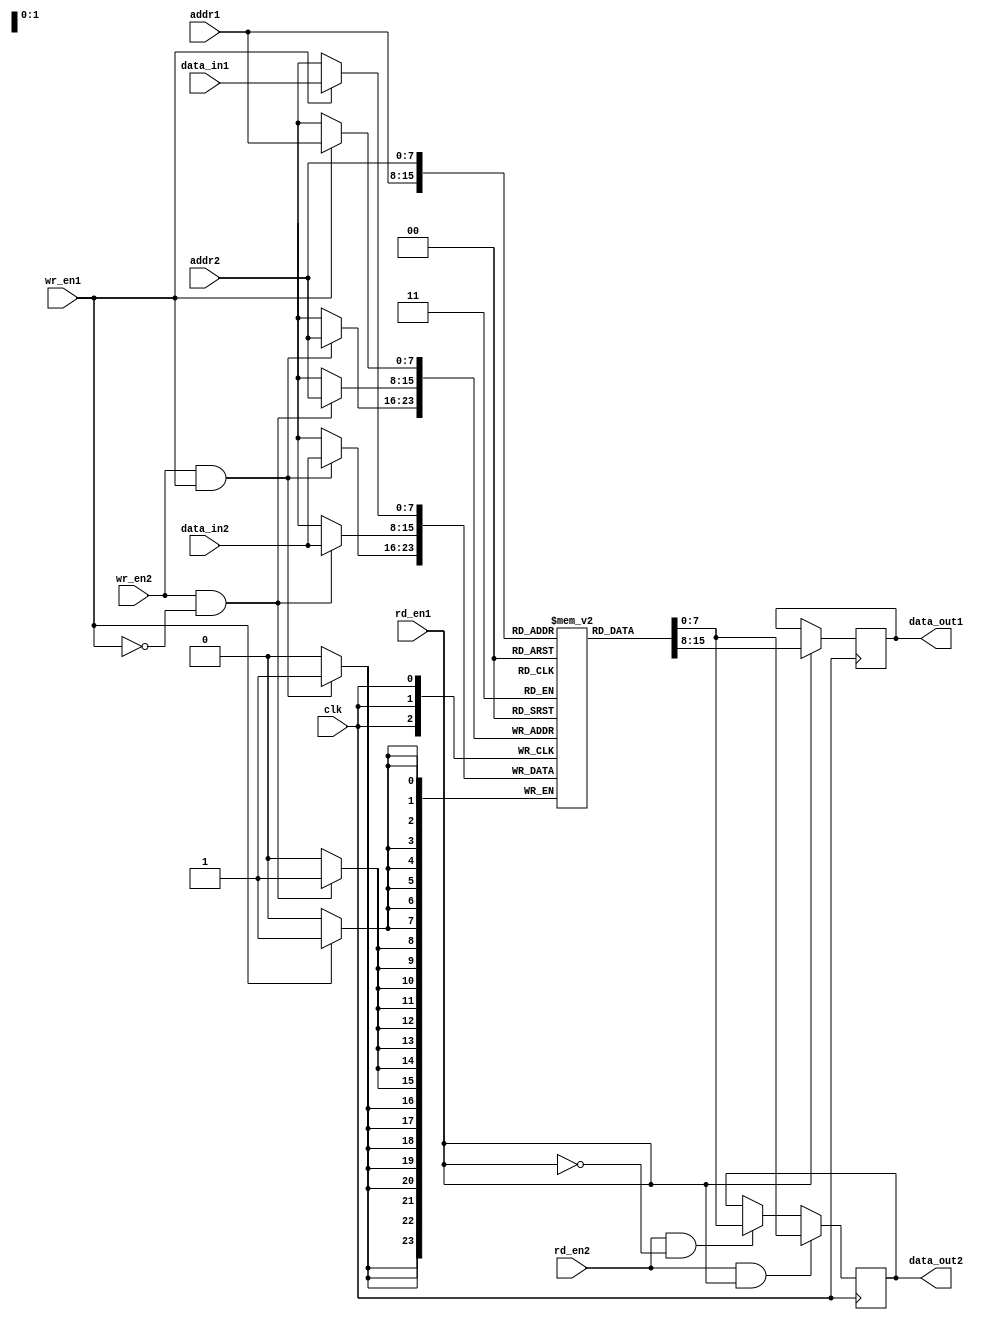
module dual_port_ram (
  input wire clk,
  input wire [7:0] addr1,
  input wire [7:0] addr2,
  input wire [7:0] data_in1,
  input wire [7:0] data_in2,
  input wire wr_en1,
  input wire wr_en2,
  input wire rd_en1,
  input wire rd_en2,
  output reg [7:0] data_out1,
  output reg [7:0] data_out2
);

reg [7:0] ram [255:0];

always @(posedge clk) begin
  if (wr_en1)
    ram[addr1] <= data_in1;
  
  if (rd_en1)
    data_out1 <= ram[addr1];
  
  if (wr_en2 && !wr_en1)
    ram[addr2] <= data_in2;
  
  if (rd_en2 && !rd_en1)
    data_out2 <= ram[addr2];
  
  if (wr_en2 && wr_en1)
    ram[addr2] <= data_in2;
  
  if (rd_en2 && rd_en1)
    data_out2 <= ram[addr2];
end

endmodule